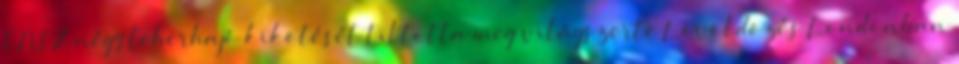
ENSZ négy teherhajó kikötését tiltotta meg világszerte Lövöldözés Londonban